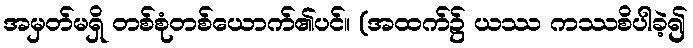
အမှတ်မရှိ တစ်စုံတစ်ယောက်၏ပင်။ (အထက်၌ ယဿ ကဿစိပါခဲ့၍